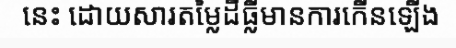
នេះ ដោយសារតម្លៃដីធ្លីមានការកើនឡើង